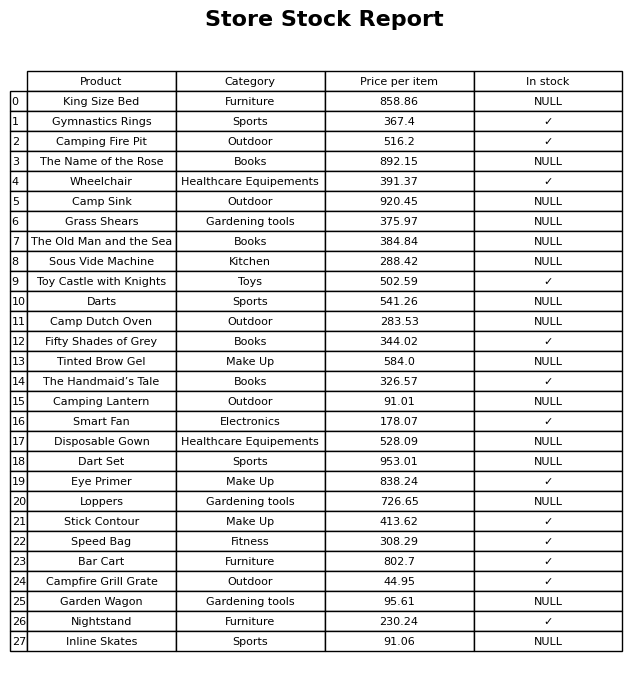
question: What is the price of the Loppers?
answer: The price of Loppers is 726.65.